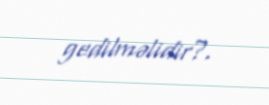
gedilməlidir?.